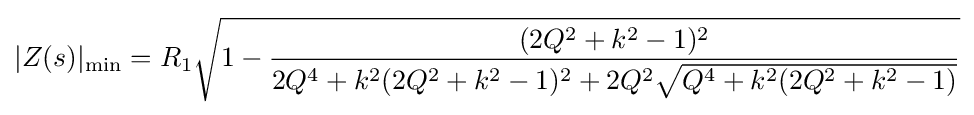
|Z(s)|_{\text{min}}=R_{1}{\sqrt {1-{\frac {(2Q^{2}+k^{2}-1)^{2}}{2Q^{4}+k^{2}(2Q^{2}+k^{2}-1)^{2}+2Q^{2}{\sqrt {Q^{4}+k^{2}(2Q^{2}+k^{2}-1)}}}}}}